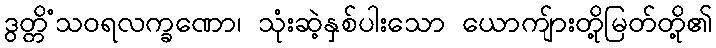
ဒွတ္တိံသဝရလက္ခဏော၊ သုံးဆဲ့နှစ်ပါးသော ယောကျ်ားတို့မြတ်တို့၏